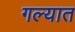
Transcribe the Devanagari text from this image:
गल्यात